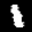
Label: 1